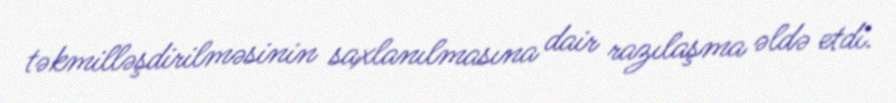
təkmilləşdirilməsinin saxlanılmasına dair razılaşma əldə etdi.